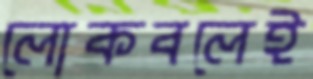
লোকবলেই